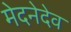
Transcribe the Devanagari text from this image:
मेदनेदेव